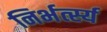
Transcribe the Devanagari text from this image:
निर्भर्त्स्य